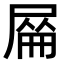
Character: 𡲜